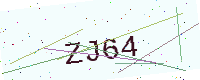
Text: ZJ64